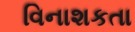
વિનાશકતા